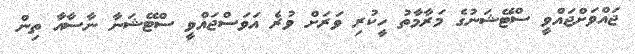
ޖައްވަށްޖައްވީ ސްޓޭޝަނުގެ މަރާމާތު ހީކުރި ވަރަށް ވުރެ އަވަސްޖައްވީ ސްޓޭޝަނާ ނާސާއާ ތިން